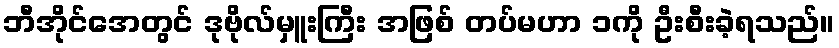
ဘီအိုင်အေတွင် ဒုဗိုလ်မှူးကြီး အဖြစ် တပ်မဟာ ၁ကို ဦးစီးခဲ့ရသည်။